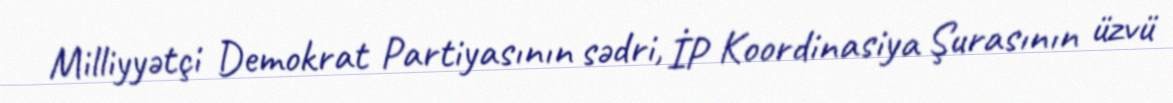
Milliyyətçi Demokrat Partiyasının sədri, İP Koordinasiya Şurasının üzvü